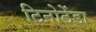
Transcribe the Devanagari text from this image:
टिनोटेंडा